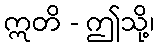
ဣတိ - ဤသို့၊